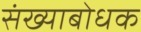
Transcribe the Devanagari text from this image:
संख्याबोधक